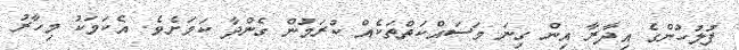
ފުލުހުންގެ އިދާރާ އިން ގިނަ މަސައްކަތްތަކެއް ކުރަމުން ގެންދާ ކަމަށެވެ. އެކަމަކު މިހާރު